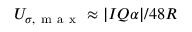
U _ { \sigma , \mathrm { ~ m ~ a ~ x ~ } } \approx | I Q \alpha | / 4 8 R